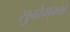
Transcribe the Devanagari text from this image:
सुबोगम्य